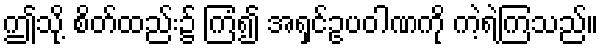
ဤသို့ စိတ်ထည်း၌ ကြံ၍ အရှင်ဥပဝါဏကို ကဲ့ရဲ့ကြသည်။